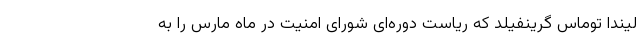
لیندا توماس گرینفیلد که ریاست دوره‌ای شورای امنیت در ماه مارس را به